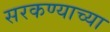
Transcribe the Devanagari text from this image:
सरकण्याच्या